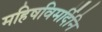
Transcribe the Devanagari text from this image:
महिषविमर्दिनि